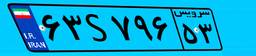
۷۳S۶۸۷۵۴